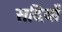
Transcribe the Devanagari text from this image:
सदियोँ